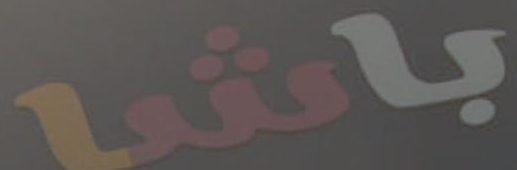
باشا